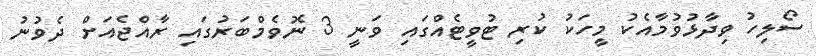
ސޯލިހު ވިދާޅުވުމާއެކު މީހަކު ކުރި ޓުވީޓެއްގައި ވަނީ 3 ނޮވެމްބަރުގައި ރާއްޖެއަށް ދެވުނު